Scientific memoirs by medical officers of the Army of India - Part XII,
Year: 1901
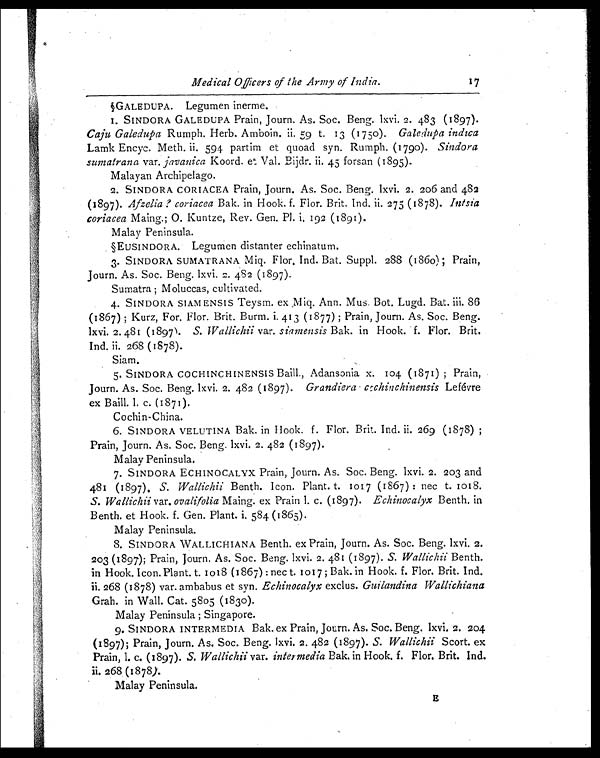
Medical Officers of the Army of India.
17
§GALEDUPA. Legumen inerme.
1. SINDORA GALEDUPA Prain, Journ. As. Soc. Beng. lxvi. 2. 483 (1897).
Caju Galedupa Rumph. Herb. Amboin.ii. 59 t. 13 (1750). Galedupa indica
Lamk Encyc. Meth. ii. 594 partim et quoad syn. Rumph. (1790). Sindora
sumatrana var. javanica Koord. et Val. Bijdr. ii 45 forsan (1895).
Malayan Archipelago.
2. SINDORA CORIACEA Prain, Journ. As. Soc. Beng. lxvi. 2. 206 and 482
(1897). Afzelia ? coriacea Bak. in Hook. f. Flor. Brit. Ind. ii. 275 (1878). I n t s i a
coriacea Maing.; O. Kuntze, Rev. Gen. P1. i. 192 (1891).
Malay Peninsula.
§EUSINDORA. Legurnen distanter echinatum.
3. SINDORA SUMATRANA Miq. Flor, Ind. Bat. Suppl. 288 (1860); Prain,
Journ. As. Soc. Beng. lxvi. 2. 482 (1897).
Sumatra ; Moluccas, cultivated.
4. SINDORA SIAM ENSIS Teysm. ex Miq. Ann. Mus. Bot. Lugd. Bat. iii. 86
(1867) ; Kurz, For. Flor. Brit. Burm. i. 413 (1877) ; Prain, Journ. As. Soc. Beng.
lxvi. 2.481 (I897). S. Wallichii var. siamensis Bak. in Hook. f. Flor. Brit.
Ind. ii. 268 (1878).
Siam.
5. SINDORA COCHINCHINENSIS Baill., Adansonia x. 104 (1871) ; Prain,
Journ. As. Soc. Beng. lxvi. 2. 482 (1897). Grandiera . cochinchinensisL e f é v r e
ex Baill. 1. c. (1871).
Cochin-China.
6. SINDORA VELUTINA Bak. in Hook. f. Flor. Brit. Ind. ii. 269 (1878) ;
Prain, Journ. As. Soc. Beng. lxvi. 2. 482 (1897).
Malay Peninsula.
7. SINDORA ECHINOCALYX Prain, Journ. As. Soc. Beng. lxvi. 2. 203 and
481 (1897). S. Wallichii Benth. Icon. Plant. t. 1017 (1867) : nec t. 1018.
S. Wallichii var. ovalifolia Maing. ex Prain I. c. (1897). Echinocalyx Benth. in
Benth. et Hook. f. Gen. Plant. i. 584 (1865).
Malay Peninsula.
8. SINDORA WALLICHIANA Benth. ex Prain, Journ. As. Soc. Beng. lxvi. 2.
203 (1897); Prain, Journ. As. Soc. Beng. lxvi. 2. 481 (1897). S. Wallichii Benth.
in Hook. Icon. Plant. t. 1018 (1867) : nec t. 1017; Bak. in Hook. f. Flor. Brit. Ind.
ii. 268 (1878) var. ambabus et syn. Echinocalyx exclus. Guilandina Wallichiana
Grah. in Wall. Cat. 5805 (1830).
Malay Peninsula ; Singapore.
9. SINDORA INTERMEDIA Bak. ex Prain, Journ. As. Soc. Beng. lxvi. 2. 204.
(1897); Prain, Journ. As. Soc. Beng. lxvi. 2. 482 (1897). S. Wallichii Scort. ex
Prain, I. c. (1897).S.W a l l i c h i i
v a r .
i n t e r m e d i a
B a k . i n H o o k . f . F l o r . B r i t . I n d .
ii. 268 (1878).
Malay Peninsula. E